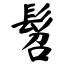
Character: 髫